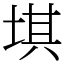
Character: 㙋